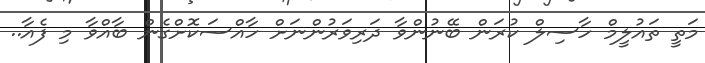
މަތީ ތައުލީމް ހާސިލް ކުރަން ބޭނުންވާ ދަރިވަރުންނަށް ހާއްސަކޮށްގެން ބާއްވާ މި ފެއާ..